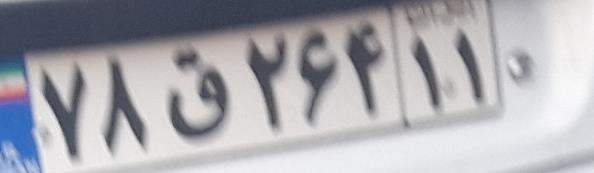
۷۸ق۲۶۴۱۱